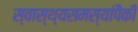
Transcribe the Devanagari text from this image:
स्वास्थ्यसमस्यांपैकी